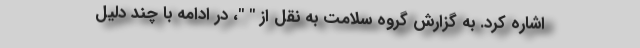
اشاره کرد. به گزارش گروه سلامت به نقل از " "، در ادامه با چند دلیل